Lunatic asylums United Provinces 1909-1921 - 1909-1921
Year: 1909
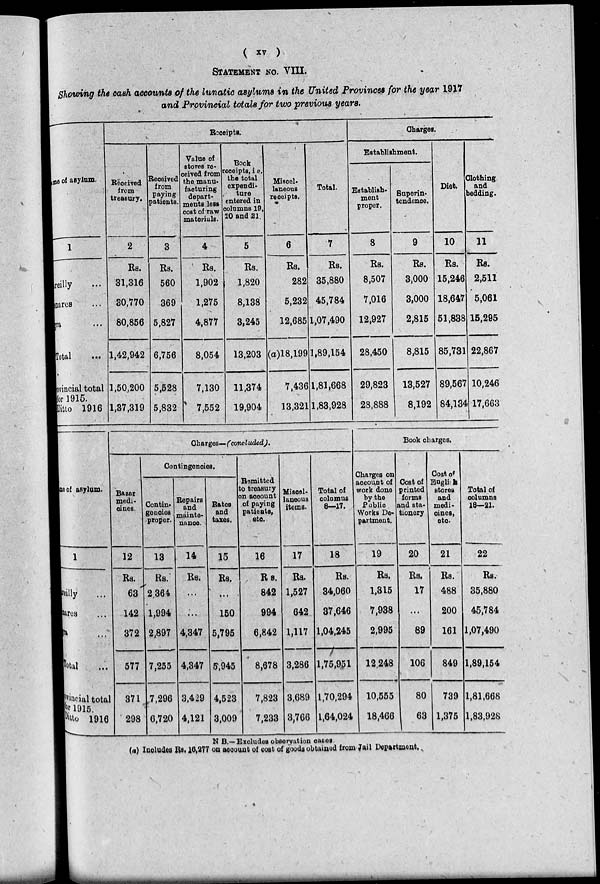
( xv )
STATEMENT NO. VIII.
Showing the cash accounts of the lunatic asylums in the United Provinces for the year 1917
and Provincial totals for two previous years.
me of asylum.
1
reilly ...
cares ...
ra ...
Total
...
provincial total
or 1915.
Ditto 1916
Receipts.
Received
from
treasury.
2
Rs.
31,316
30,770
80,856
1,42,942
1,50,200
1,37,319
Received
from
paying
patients.
3
Rs.
560
369
5,827
6,756
5,528
5,832
Value of
stores re-
ceived from
the manu-
facturing
depart-
ments less
cost of raw
materials.
4
Rs.
1,902
1,275
4,877
8,054
7,130
7,552
Book
receipts, i e.
the total
expendi-
ture
entered in
columns 19,
20 and 21.
5
Rs.
1,820
8,138
3,245
13,203
11,374
19,904
Miscel-
laneous
receipts.
6
Rs.
282
5,232
12,685
(a)18,199
7,436
13,321
Total.
7
Rs.
35,880
45,784
1,07,490
1,89,154
1,81,668
1,83,928
Charges.
Establishment.
Establish-
ment
proper.
8
Rs.
8,507
7,016
12,927
28,450
29,823
28,888
Superin-
tendence.
9
Rs.
3,000
3,000
2,815
8,815
13,527
8,192
Diet.
10
Rs.
15,246
18,647
51,838
85,731
89,567
84,134
Clothing
and
bedding.
11
Rs.
2,511
5,061
15,295
22,867
10,246
17,663
me of asylum.
1
Bareilly ...
Benares ...
ra ...
Total
Provincial total
for 1925
Ditto 1916
Basar
medi-
cines.
12
Rs.
63
142
372
577
371
298
Charges—(concluded).
Contingencies.
Contin-
genoiea
proper.
13
Rs.
2364
1,994
2,897
7,255
7,296
6,720
Repairs
and
mainte-
nance.
14
Rs.
...
...
4,347
4,347
3,429
4,121
Rates
and
taxes.
15
Rs.
...
150
5,795
5,945
4,523
3,009
Remitted
to treasury
on account
of paying
patients,
etc.
16
Rs.
842
994
6,842
8,678
7,823
7,233
Miscel-
laneous
items.
17
Rs.
1,527
642
1,117
3,286
3,689
3,766
Total of
columns
8—17.
18
Rs.
34,060
87,646
1,04,245
1,75,951
1,70,294
1,64,024
Charges on
account of
work done
by the
Public
Works De-
partment.
19
Rs.
1,315
7,938
2,995
12,248
10,555
18,466
Book charges.
Cost of
printed
forms
and sta-
tionery
20
Rs.
17
...
89
106
80
63
Cost of
English
stores
and
medi-
cines,
etc
21
Rs.
488
200
161
849
739
1,375
Total of
columns
18—21.
22
Rs.
35,880
45,784
1,07,490
1,89,154
1,81,668
1,83,928
N B.– Excludes observation cases
(a) Includes Rs, 16,277 on account of cost of goods obtained from Jail Department.